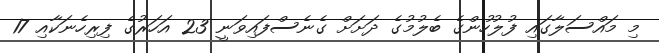
މި މައްސަލާގައި ފުލުހުންގެ ބެލުމުގެ ދަށަށް ގެނެސްފައިވަނީ 23 އަހަރުގެ ފިރިހެނަކާއި 17